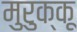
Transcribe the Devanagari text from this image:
मुरुक्कू